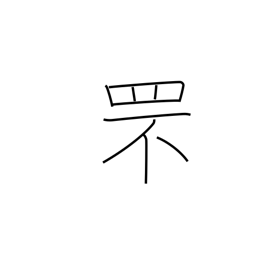
Meaning: rabbit catching net